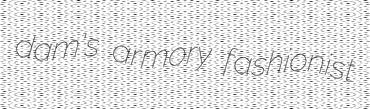
dam's armory fashionist